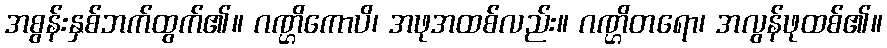
အစွန်းနှစ်ဘက်ထွက်၏။ ဂဏ္ဌိကောပိ၊ အဖုအထစ်လည်း။ ဂဏ္ဌိတရော၊ အလွန်ဖုထစ်၏။